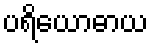
ပရိယောဓာယ